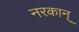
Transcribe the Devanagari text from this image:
नरकान्